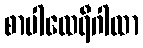
စာပါထေရီဂါထာ